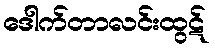
ဒေါက်တာလင်းထွဋ်